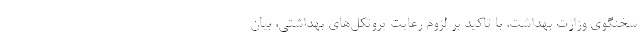
سخنگوی وزارت بهداشت، با تاکید بر لزوم رعایت پروتکل‌های بهداشتی، بیان